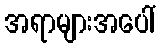
အရာများအပေါ်